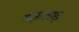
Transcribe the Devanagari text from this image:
मज़ालाई